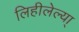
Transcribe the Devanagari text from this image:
लिहीलेल्या्